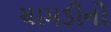
ચામડીનો